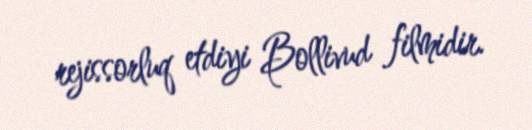
rejissorluq etdiyi Bollivud filmidir.